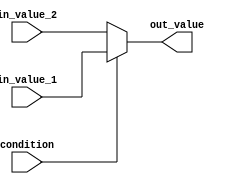
module conditional_assignment (
    input condition,
    input in_value_1,
    input in_value_2,
    output reg out_value
);

always @*
begin
    if (condition)
        out_value = in_value_1;
    else 
        out_value = in_value_2;
end

endmodule